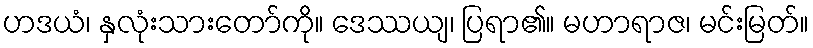
ဟဒယံ၊ နှလုံးသားတော်ကို။ ဒေဿယျ၊ ပြရာ၏။ မဟာရာဇ၊ မင်းမြတ်။